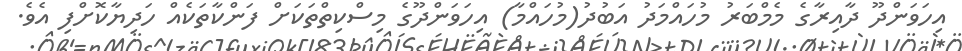
އިހަވަންދޫ ދާއިރާގެ މެމްބަރު މުހައްމަދު އަބުދު(މުހައްމާ) އިހަވަންދޫގެ މިސްކިތްތަކަށް ފަންކާތަކެއް ހަދިޔާކޮށްފި އެވެ.